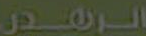
الرهدر